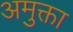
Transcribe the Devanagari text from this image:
अमुक्ता